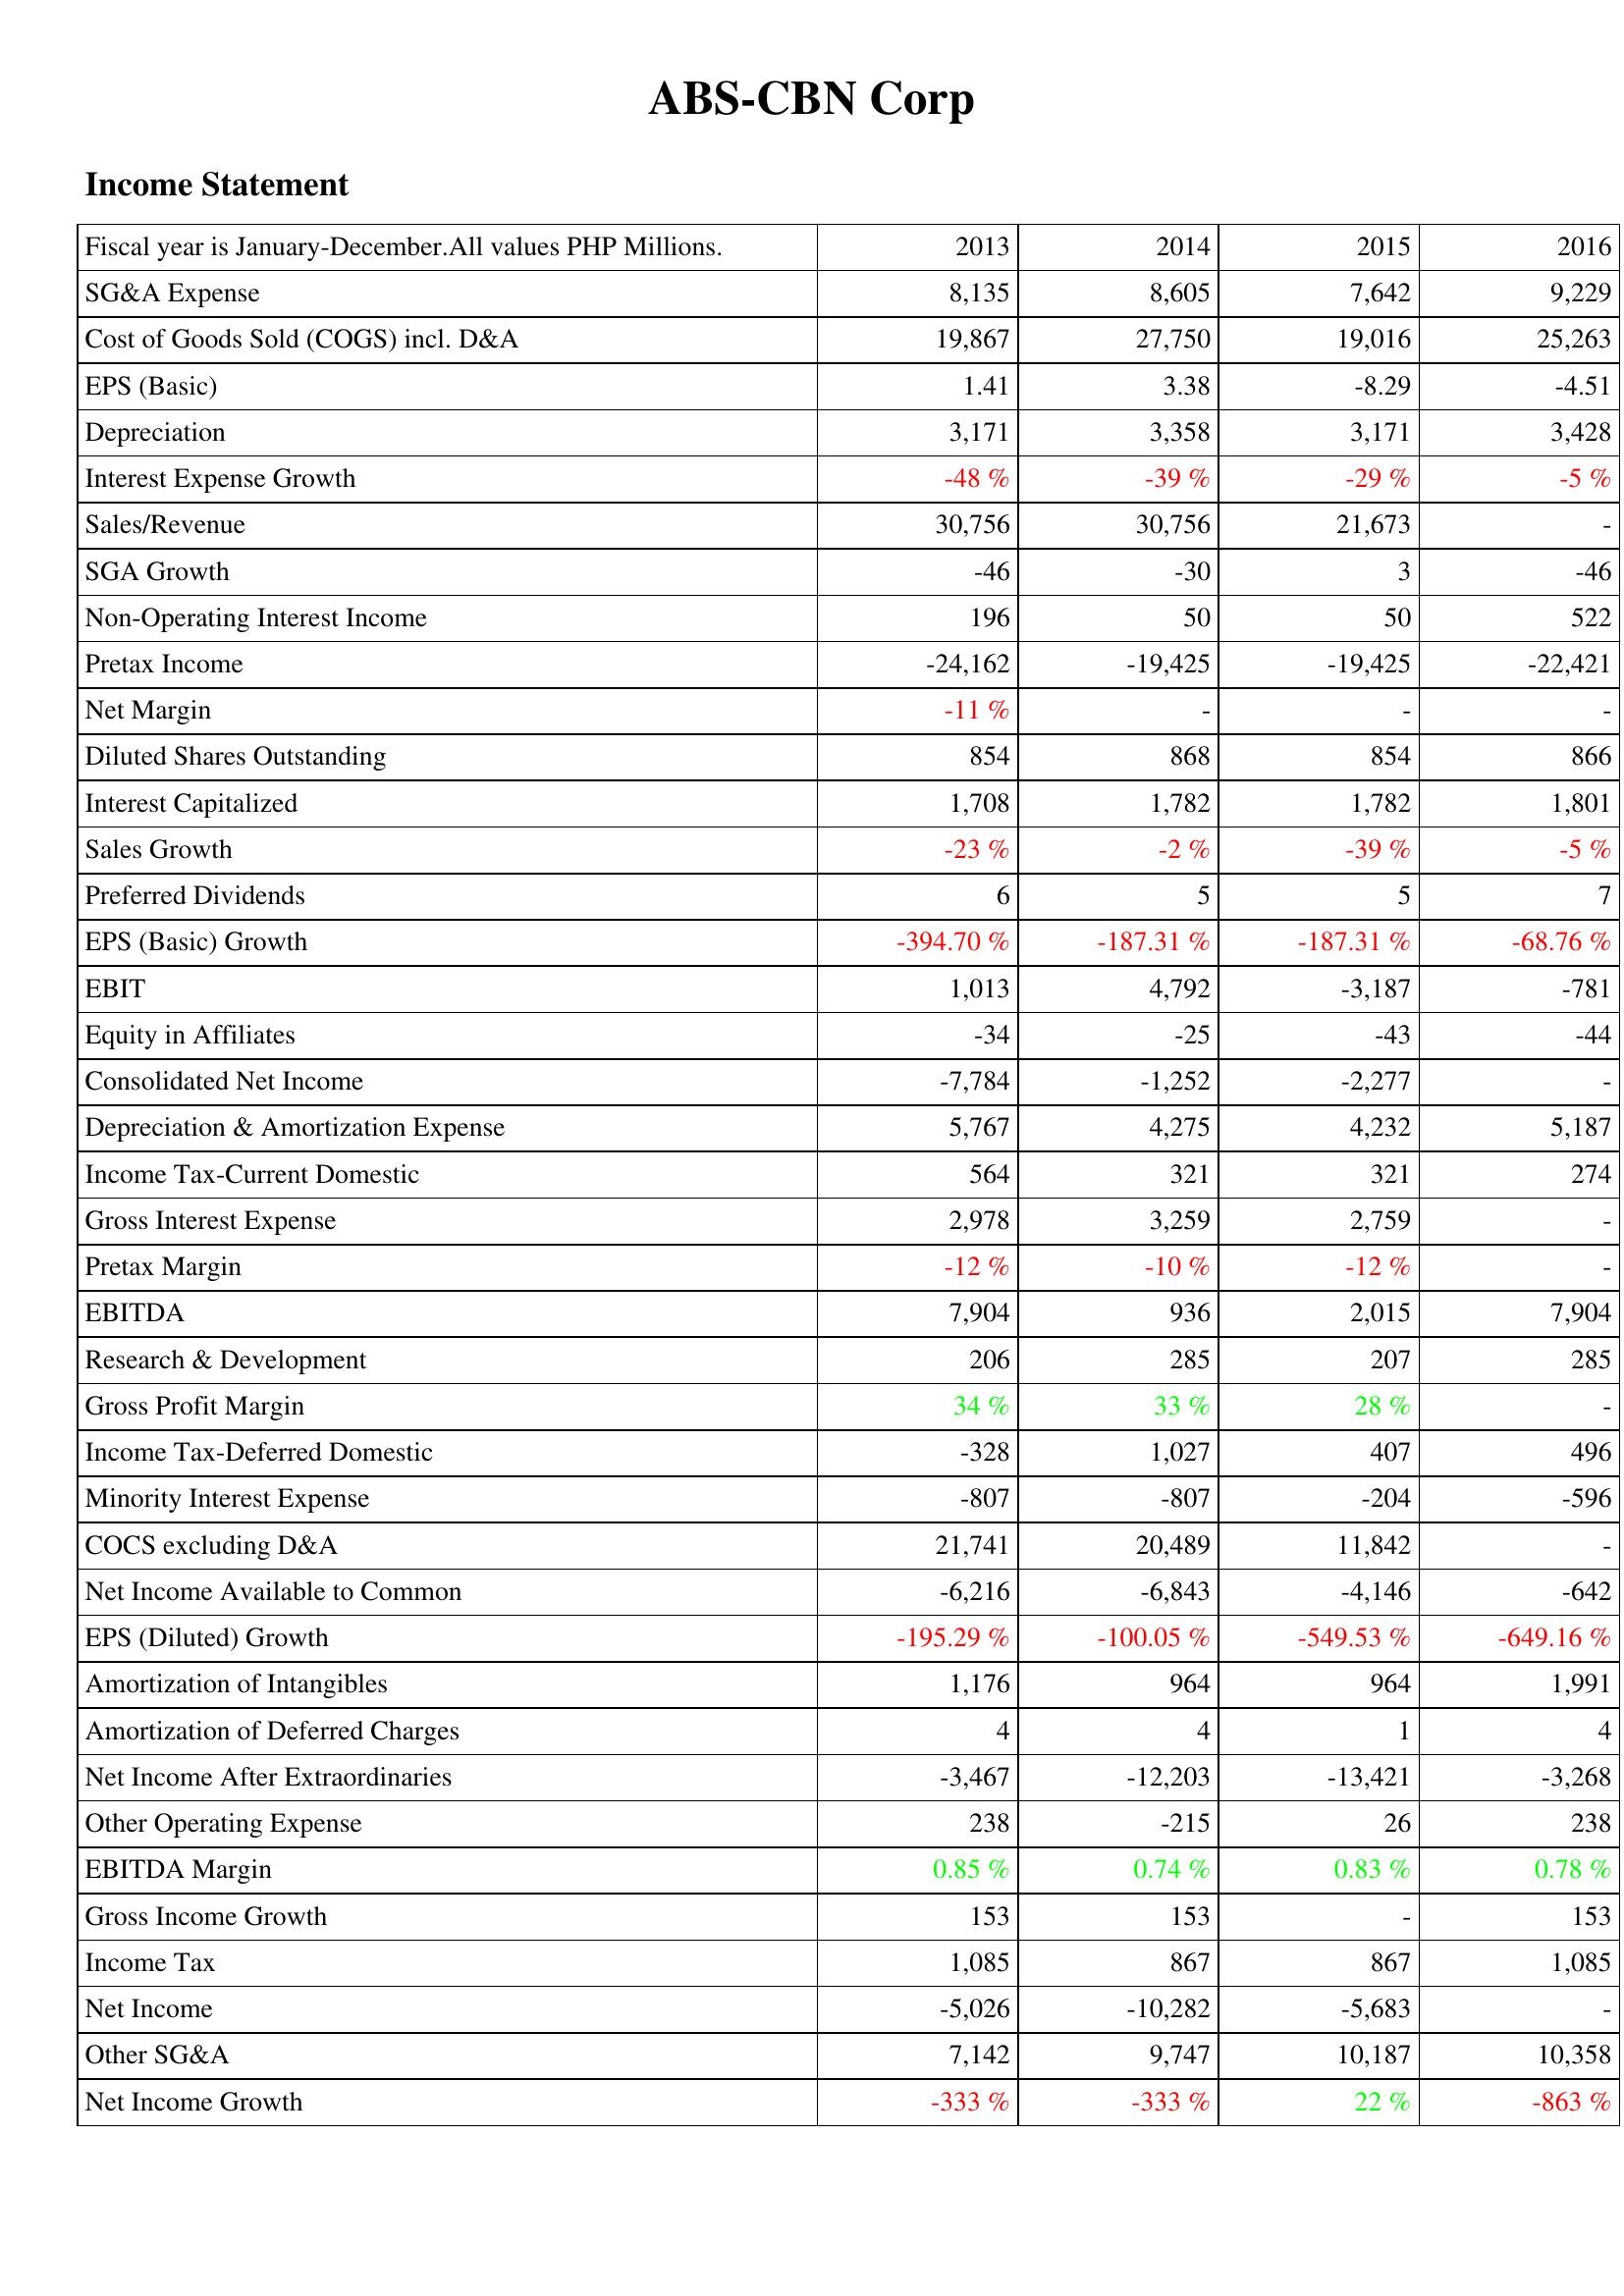
2013: Income Statement: SG&A Expense: 8,135
Cost of Goods Sold (COGS) incl. D&A: 19,867
EPS (Basic): 1.41
Depreciation: 3,171
Interest Expense Growth: -48 %
Sales/Revenue: 30,756
SGA Growth: -46
Non-Operating Interest Income: 196
Pretax Income: -24,162
Net Margin: -11 %
Diluted Shares Outstanding: 854
Interest Capitalized: 1,708
Sales Growth: -23 %
Preferred Dividends: 6
EPS (Basic) Growth: -394.70 %
EBIT: 1,013
Equity in Affiliates: -34
Consolidated Net Income: -7,784
Depreciation & Amortization Expense: 5,767
Income Tax-Current Domestic: 564
Gross Interest Expense: 2,978
Pretax Margin: -12 %
EBITDA: 7,904
Research & Development: 206
Gross Profit Margin: 34 %
Income Tax-Deferred Domestic: -328
Minority Interest Expense: -807
COCS excluding D&A: 21,741
Net Income Available to Common: -6,216
EPS (Diluted) Growth: -195.29 %
Amortization of Intangibles: 1,176
Amortization of Deferred Charges: 4
Net Income After Extraordinaries: -3,467
Other Operating Expense: 238
EBITDA Margin: 0.85 %
Gross Income Growth: 153
Income Tax: 1,085
Net Income: -5,026
Other SG&A: 7,142
Net Income Growth: -333 %
2014: Income Statement: SG&A Expense: 8,605
Cost of Goods Sold (COGS) incl. D&A: 27,750
EPS (Basic): 3.38
Depreciation: 3,358
Interest Expense Growth: -39 %
Sales/Revenue: 30,756
SGA Growth: -30
Non-Operating Interest Income: 50
Pretax Income: -19,425
Net Margin: -
Diluted Shares Outstanding: 868
Interest Capitalized: 1,782
Sales Growth: -2 %
Preferred Dividends: 5
EPS (Basic) Growth: -187.31 %
EBIT: 4,792
Equity in Affiliates: -25
Consolidated Net Income: -1,252
Depreciation & Amortization Expense: 4,275
Income Tax-Current Domestic: 321
Gross Interest Expense: 3,259
Pretax Margin: -10 %
EBITDA: 936
Research & Development: 285
Gross Profit Margin: 33 %
Income Tax-Deferred Domestic: 1,027
Minority Interest Expense: -807
COCS excluding D&A: 20,489
Net Income Available to Common: -6,843
EPS (Diluted) Growth: -100.05 %
Amortization of Intangibles: 964
Amortization of Deferred Charges: 4
Net Income After Extraordinaries: -12,203
Other Operating Expense: -215
EBITDA Margin: 0.74 %
Gross Income Growth: 153
Income Tax: 867
Net Income: -10,282
Other SG&A: 9,747
Net Income Growth: -333 %
2015: Income Statement: SG&A Expense: 7,642
Cost of Goods Sold (COGS) incl. D&A: 19,016
EPS (Basic): -8.29
Depreciation: 3,171
Interest Expense Growth: -29 %
Sales/Revenue: 21,673
SGA Growth: 3
Non-Operating Interest Income: 50
Pretax Income: -19,425
Net Margin: -
Diluted Shares Outstanding: 854
Interest Capitalized: 1,782
Sales Growth: -39 %
Preferred Dividends: 5
EPS (Basic) Growth: -187.31 %
EBIT: -3,187
Equity in Affiliates: -43
Consolidated Net Income: -2,277
Depreciation & Amortization Expense: 4,232
Income Tax-Current Domestic: 321
Gross Interest Expense: 2,759
Pretax Margin: -12 %
EBITDA: 2,015
Research & Development: 207
Gross Profit Margin: 28 %
Income Tax-Deferred Domestic: 407
Minority Interest Expense: -204
COCS excluding D&A: 11,842
Net Income Available to Common: -4,146
EPS (Diluted) Growth: -549.53 %
Amortization of Intangibles: 964
Amortization of Deferred Charges: 1
Net Income After Extraordinaries: -13,421
Other Operating Expense: 26
EBITDA Margin: 0.83 %
Gross Income Growth: -
Income Tax: 867
Net Income: -5,683
Other SG&A: 10,187
Net Income Growth: 22 %
2016: Income Statement: SG&A Expense: 9,229
Cost of Goods Sold (COGS) incl. D&A: 25,263
EPS (Basic): -4.51
Depreciation: 3,428
Interest Expense Growth: -5 %
Sales/Revenue: -
SGA Growth: -46
Non-Operating Interest Income: 522
Pretax Income: -22,421
Net Margin: -
Diluted Shares Outstanding: 866
Interest Capitalized: 1,801
Sales Growth: -5 %
Preferred Dividends: 7
EPS (Basic) Growth: -68.76 %
EBIT: -781
Equity in Affiliates: -44
Consolidated Net Income: -
Depreciation & Amortization Expense: 5,187
Income Tax-Current Domestic: 274
Gross Interest Expense: -
Pretax Margin: -
EBITDA: 7,904
Research & Development: 285
Gross Profit Margin: -
Income Tax-Deferred Domestic: 496
Minority Interest Expense: -596
COCS excluding D&A: -
Net Income Available to Common: -642
EPS (Diluted) Growth: -649.16 %
Amortization of Intangibles: 1,991
Amortization of Deferred Charges: 4
Net Income After Extraordinaries: -3,268
Other Operating Expense: 238
EBITDA Margin: 0.78 %
Gross Income Growth: 153
Income Tax: 1,085
Net Income: -
Other SG&A: 10,358
Net Income Growth: -863 %